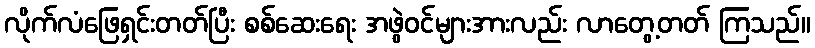
လိုက်လံဖြေရှင်းတတ်ပြီး စစ်ဆေးရေး အဖွဲဝင်များအားလည်း လာတွေ့တတ် ကြသည်။